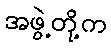
အဖွဲ့တို့က